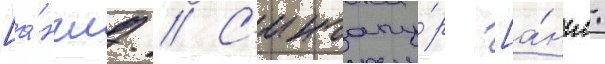
[а́нгл. // С'ингапу́р [а́нгл.